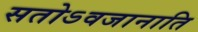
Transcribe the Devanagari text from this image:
सतोऽवजानाति